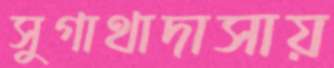
সুগাথাদাসায়